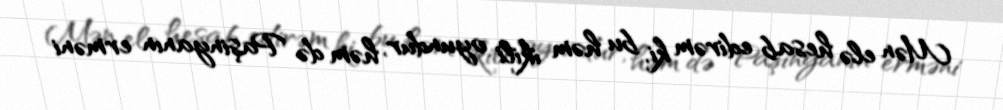
Mən elə hesab edirəm ki, bu həm ikili oyundur, həm də Paşinyanın erməni